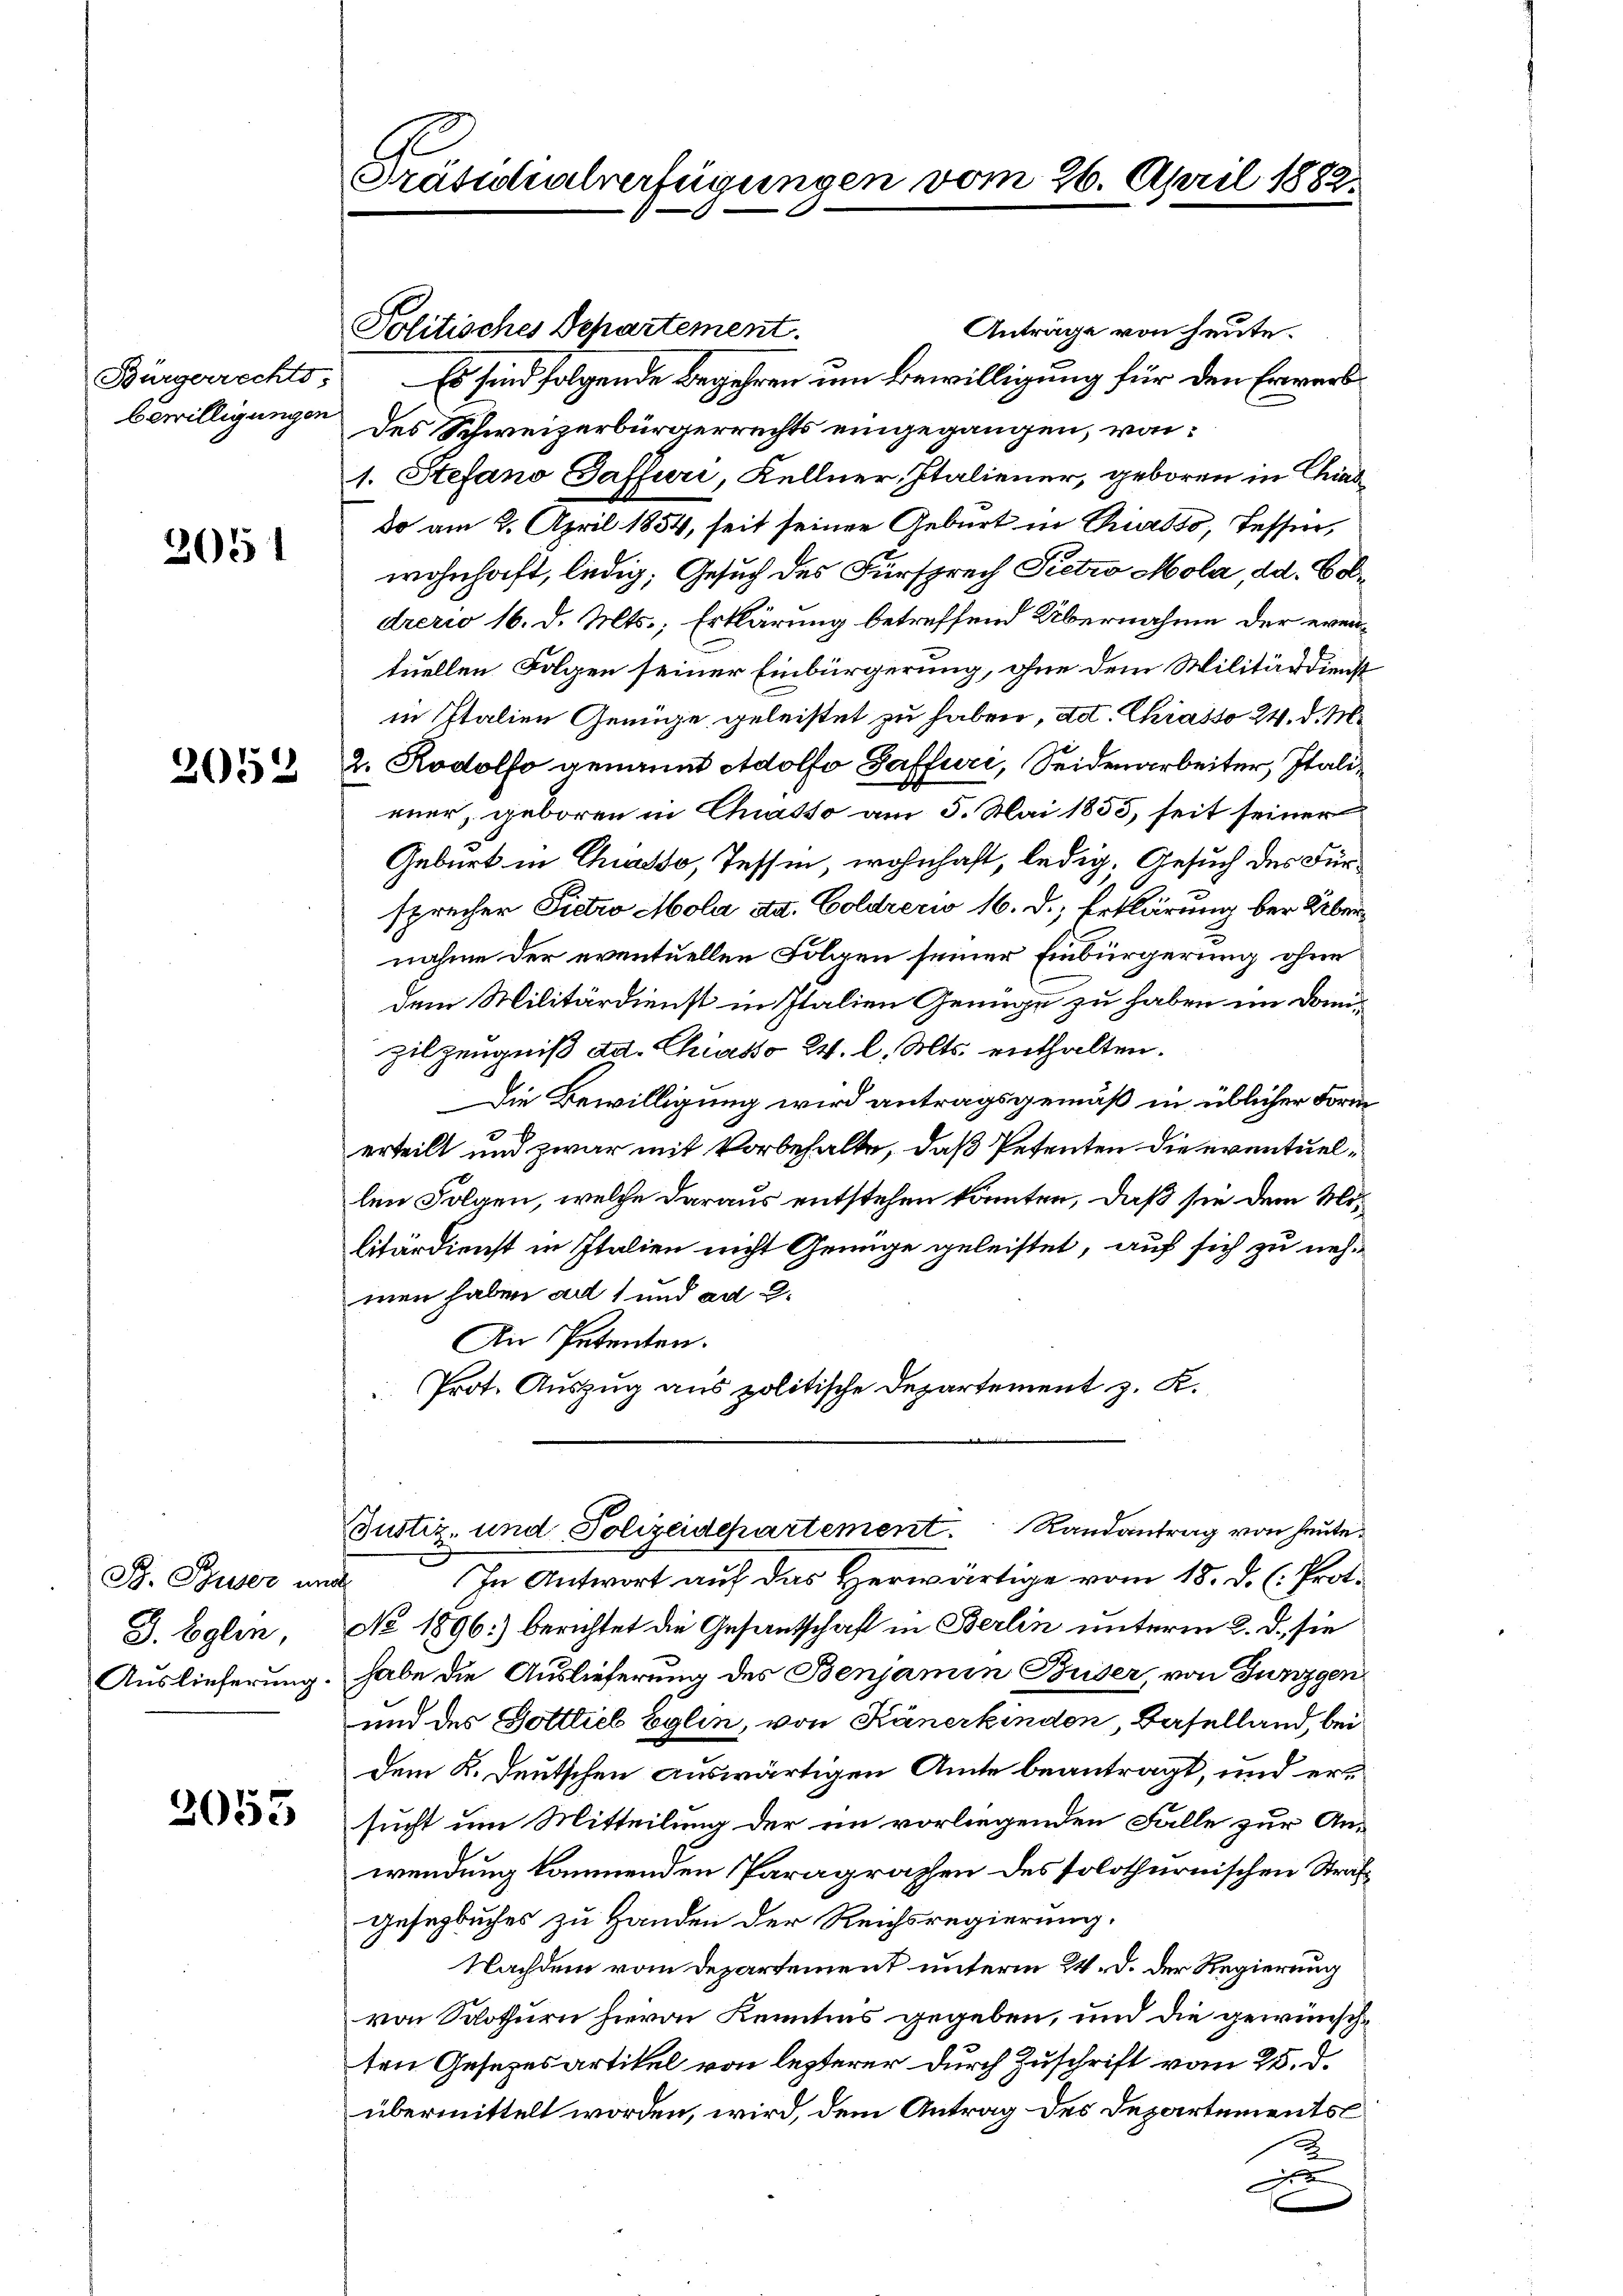
2051

2052

B. Buser und
J. Eglin,

2053

Präsidialverfügungen de

Politisches Departement.
Anträge von heute.
Bürgerrechts: Es sind folgende Begehren um Bewilligung für den Erwerbbewilligungen des Schweizerbürgerrechts eingegangen, von:
1. Stefano Gaffuri, Kellner, Italiener, geboren in Chiaddo am 2. April 1854, seit seiner Geburt in Chiasso, Tessin,
wohnhaft, ledig; Gesuch des Fürsprech Pietro Mola, dd. Coldrerio 16. d. Mts., Erklärung betreffend Übernahme der eventuellen Folgen seiner Einbürgerung, ohne dem Militärdienst
in Italien Genüge geleistet zu haben, ad. Chiasso 24. d. M.
2. Rodolfo genannt Adolfo Gaffuri, Seidenarbeiter, Italieuer, geboren in Chasso am 5. Mai 1855, seit seiner
Geburt in Chiasso, Tessin, wohnhaft, ledig. Gesuch des Fürsprecher Fietro Mola ad. Coldrecio 16. d. Erklärung bei Übernahme der eventuellen Folgen seiner Einbürgerung ohne
dem Militärdienst in Italien Genüge zu haben im Domipilzeugniß ad. Chiasso 2. l. Mts. enthalten.
Die Bewilligung wird antragsgemäß in üblicher Form
erteilt und zwar mit Vorbehalte, daß Petenten die eventuellen Folgen, welche daraus entstehen könnten, daß sie dem Molitärdienst in Italien nicht Genüge geleistet, auf sich zu nehmen haben ad 1 und ad 2.
An Petenten.
Prot. Auszug aus politische Departement z. K.

In Antwort auf das Herwärtige vom 18. d. h. Prot.
No 1896) berichtet die Gesandschaft in Berlin unterm 2. d. sie
Auslieferung. habe die Auslieferung des Benjamin Buser, von Junzgen
und des Gottlieb Eglin, von Känerkinden Baselland bei
dem K. Deutschen auswärtigen Amte beantragt, und ersucht um Mitteilung der im vorliegenden Falle zur Anwendung kommenden Paragraphen des solothurnischen Strafgesegbuches zu Handen der Reichsregierung.
Nachdem vom Departement unterm 24. d. der Regierung
von Solothurn hievon Kenntnis gegeben, und die gewünschten Gesezesartikel von lezterer durch Zuschrift vom 25. d.
übermittelt worden, wird, dem Antrag des Departements
2
x

26. April 1882.

Justiz- und Polizeidepartement. Randantrag von heute.